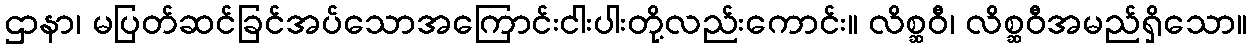
ဌာနာ၊ မပြတ်ဆင်ခြင်အပ်သောအကြောင်းငါးပါးတို့လည်းကောင်း။ လိစ္ဆဝီ၊ လိစ္ဆဝီအမည်ရှိသော။